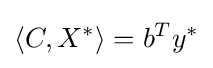
\langle C,X^{*}\rangle =b^{T}y^{*}